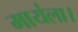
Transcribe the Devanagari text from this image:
मायंला।